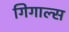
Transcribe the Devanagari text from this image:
गिगाल्स